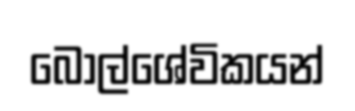
බෝල්ශේවිකයන්